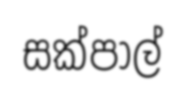
සක්පාල්